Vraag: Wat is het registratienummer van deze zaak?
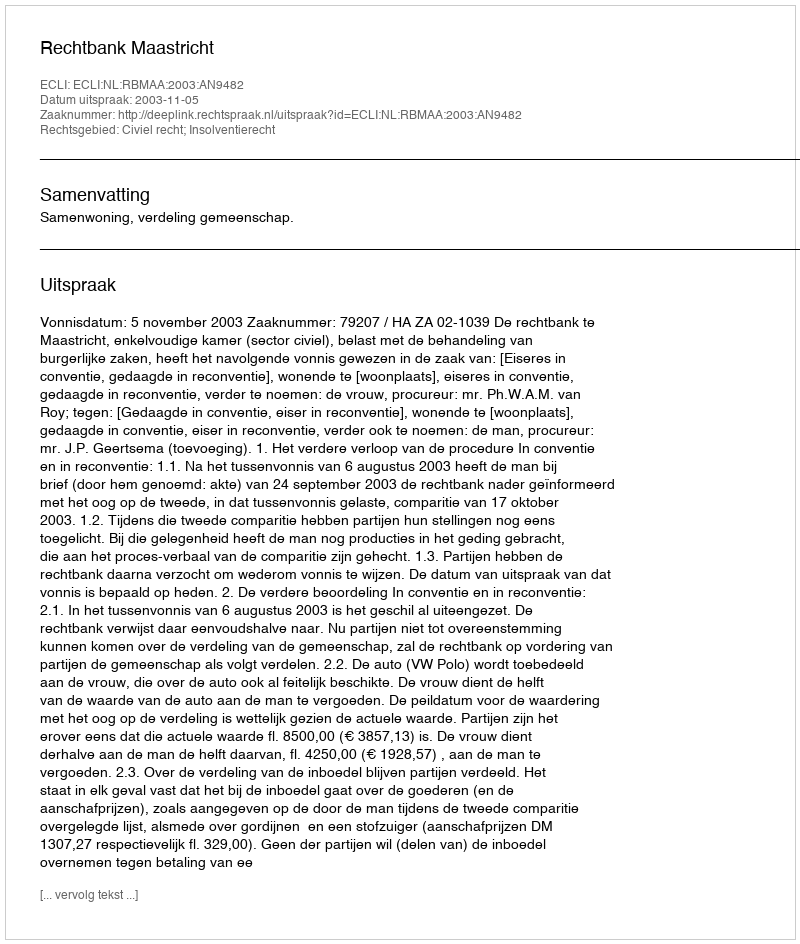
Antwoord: http://deeplink.rechtspraak.nl/uitspraak?id=ECLI:NL:RBMAA:2003:AN9482